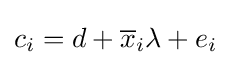
c_{i}=d+{\overline {x}}_{i}\lambda +e_{i}